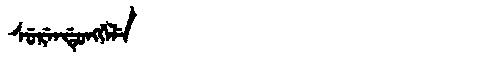
Manchu: ᠰᡠᡵᡝᠨᡩᡠᠩᡤᡝᠯᡝ
Romanization: SURENDUNGGELE